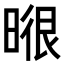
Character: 𭦶